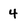
Character: 4